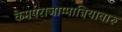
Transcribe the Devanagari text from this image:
केमपराजाम्मान्नियावारु